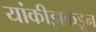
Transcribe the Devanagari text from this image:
यांकीझकडून